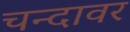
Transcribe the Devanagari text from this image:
चन्दावर